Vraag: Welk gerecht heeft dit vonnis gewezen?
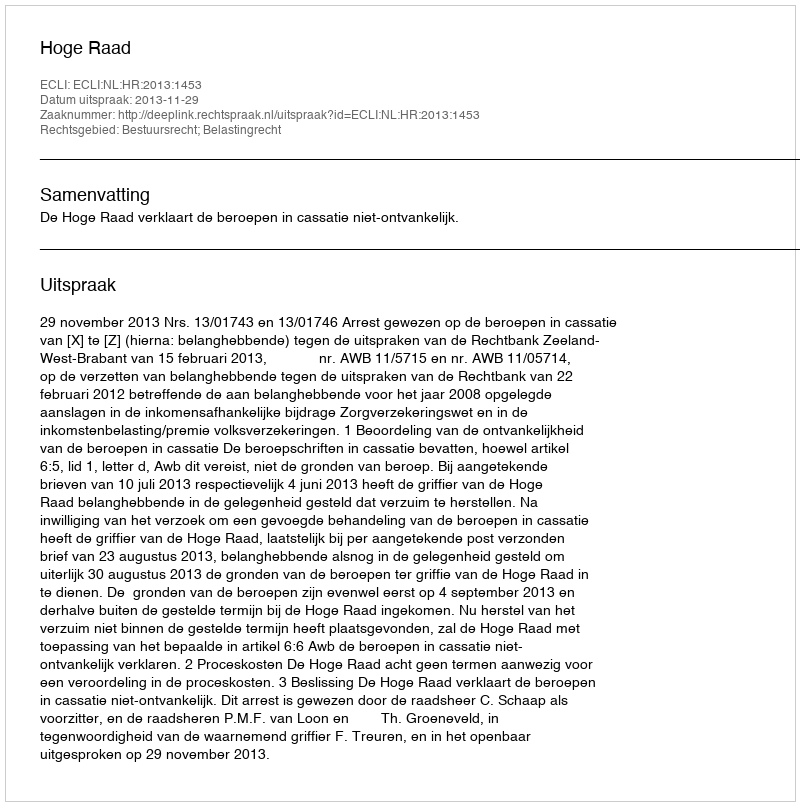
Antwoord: Hoge Raad